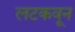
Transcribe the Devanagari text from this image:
लटकवून